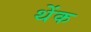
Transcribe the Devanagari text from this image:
थेंक